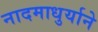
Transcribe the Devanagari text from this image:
नादमाधुर्याने